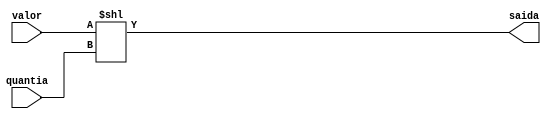
module Deslocador(input[31:0] valor , input [7:0] quantia, output reg[31:0] saida);
 always@(*)
  begin
    saida = valor << quantia;  
  end 
endmodule